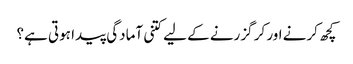
کچھ کرنے اور کر گزرنے کے لیے کتنی آمادگی پیدا ہوتی ہے؟